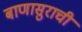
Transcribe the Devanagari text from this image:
बाणासुराची